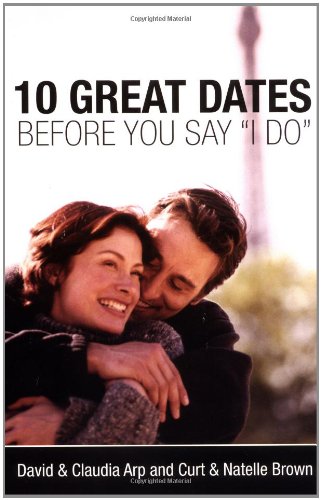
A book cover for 10 Great Dates Before You Say "I Do"; David Arp; Self-Help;